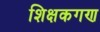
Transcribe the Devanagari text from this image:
शिक्षकगण